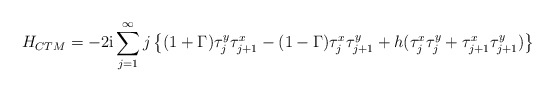
\begin{align*}H_{CTM} = - 2 {\rm i} \sum_{j=1}^{\infty} j \left\{ (1+\Gamma)\tau_{j}^{y} \tau_{j+1}^{x} - (1-\Gamma) \tau_{j}^{x}\tau_{j+1}^{y} + h (\tau_{j}^{x} \tau_{j}^{y} + \tau_{j+1}^{x}\tau_{j+1}^{y}) \right\} \end{align*}